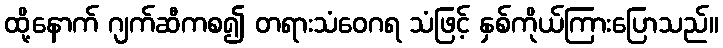
ထို့နောက် ဂျက်ဆီကစ၍ တရားသံဝေဂရ သံဖြင့် နှစ်ကိုယ်ကြားပြောသည်။